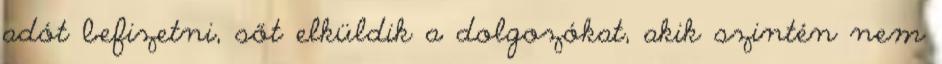
adót befizetni, sőt elküldik a dolgozókat, akik szintén nem